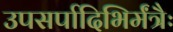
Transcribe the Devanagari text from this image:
उपसर्पादिभिर्मंत्रैः